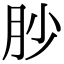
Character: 䏚